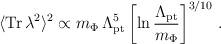
LaTeX: \begin{align*}\langle {\rm Tr}\,\lambda^2\rangle^2 \propto m_\Phi \, \Lambda_{\rm pt}^5 \left[\ln \frac{\Lambda_{\rm pt}}{m_\Phi }\right]^{3/10}\,.\end{align*}